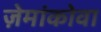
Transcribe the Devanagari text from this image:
ज़ेमांकोवा